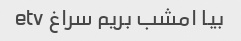
بیا امشب بریم سراغ etv